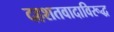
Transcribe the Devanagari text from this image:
दहशतवादाविरूद्ध